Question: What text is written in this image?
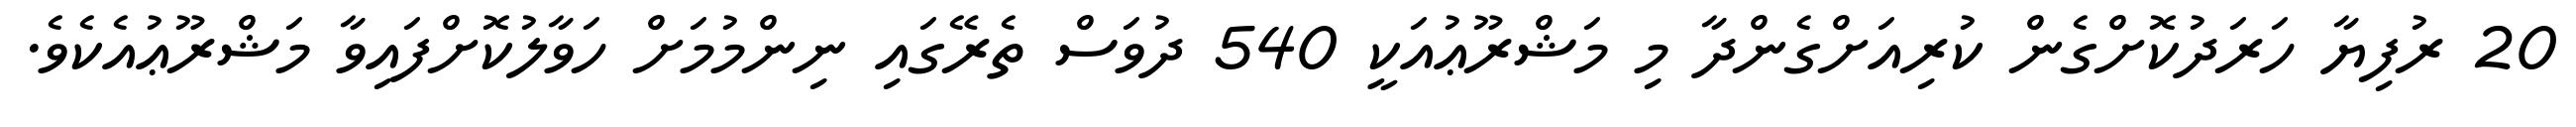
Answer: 20 ރުފިޔާ ހަރަދުކޮށްގެން ކުރިއަށްގެންދާ މި މަޝްރޫޢުއަކީ 540 ދުވަސް ތެރޭގައި ނިންމުމަށް ހަވާލުކޮށްފައިވާ މަޝްރޫޢުއެކެވެ.